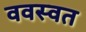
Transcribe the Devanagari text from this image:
ववस्वत